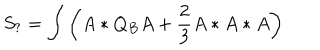
S _ { ? } = \int \left( A * Q _ { B } A + \frac { 2 } { 3 } A * A * A \right)